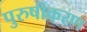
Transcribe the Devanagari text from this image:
पुरुषीकरण